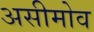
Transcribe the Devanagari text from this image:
असीमोव